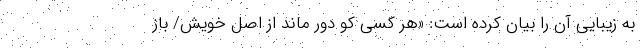
به زیبایی آن را بیان کرده است: «هر کسی کو دور ماند از اصل خویش/ باز